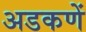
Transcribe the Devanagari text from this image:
अडकणें